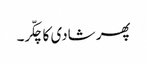
پھر شادی کا چکّر۔